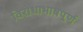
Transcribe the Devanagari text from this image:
विरोधाभाषपूर्ण